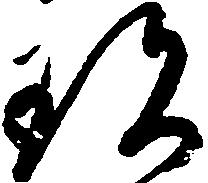
珍